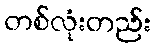
တစ်လုံးတည်း